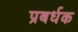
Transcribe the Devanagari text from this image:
प्रबर्धक